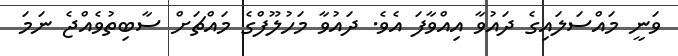
ވަނީ މައްސަލައިގެ ދައުވާ އިއްވާފަ އެވެ. ދައުވާ މަހުލޫފްގެ މައްޗަށް ސާބިތުވެއްޖެ ނަމަ